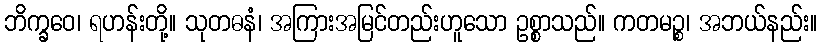
ဘိက္ခဝေ၊ ရဟန်းတို့။ သုတဓနံ၊ အကြားအမြင်တည်းဟူသော ဥစ္စာသည်။ ကတမဉ္စ၊ အဘယ်နည်း။